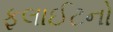
ફલાઈટનો